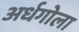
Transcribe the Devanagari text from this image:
अर्धगोला